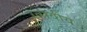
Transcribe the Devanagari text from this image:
उत्सवीय